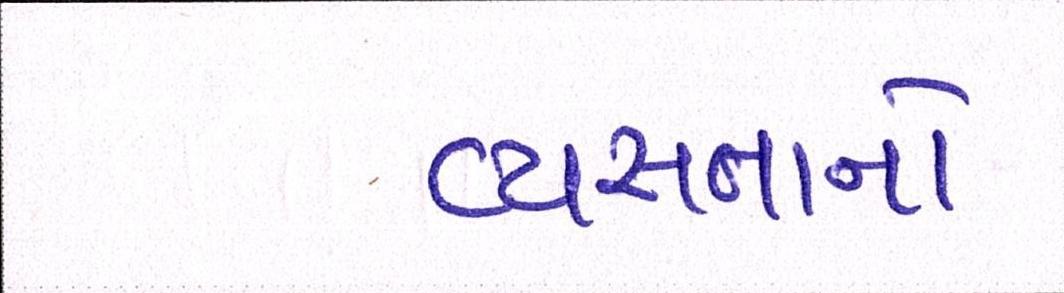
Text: વ્યસ્તતાનો